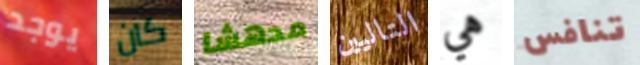
يوجد كان مدهشا التاليين هي تنافس